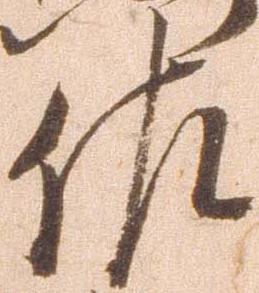
佐